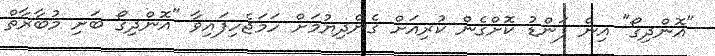
"އޮންދިގޯ" އިން ފަންޑު ކޮށްގެން ކުރިއަށް ގެންދިޔުމަށް ހަމަޖެހިފައިވާ "އޮންދިގޯ ބަށި މުބާރާތް